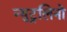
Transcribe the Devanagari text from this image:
न्युट्रलिनो